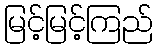
မြင့်မြင့်ကြည်